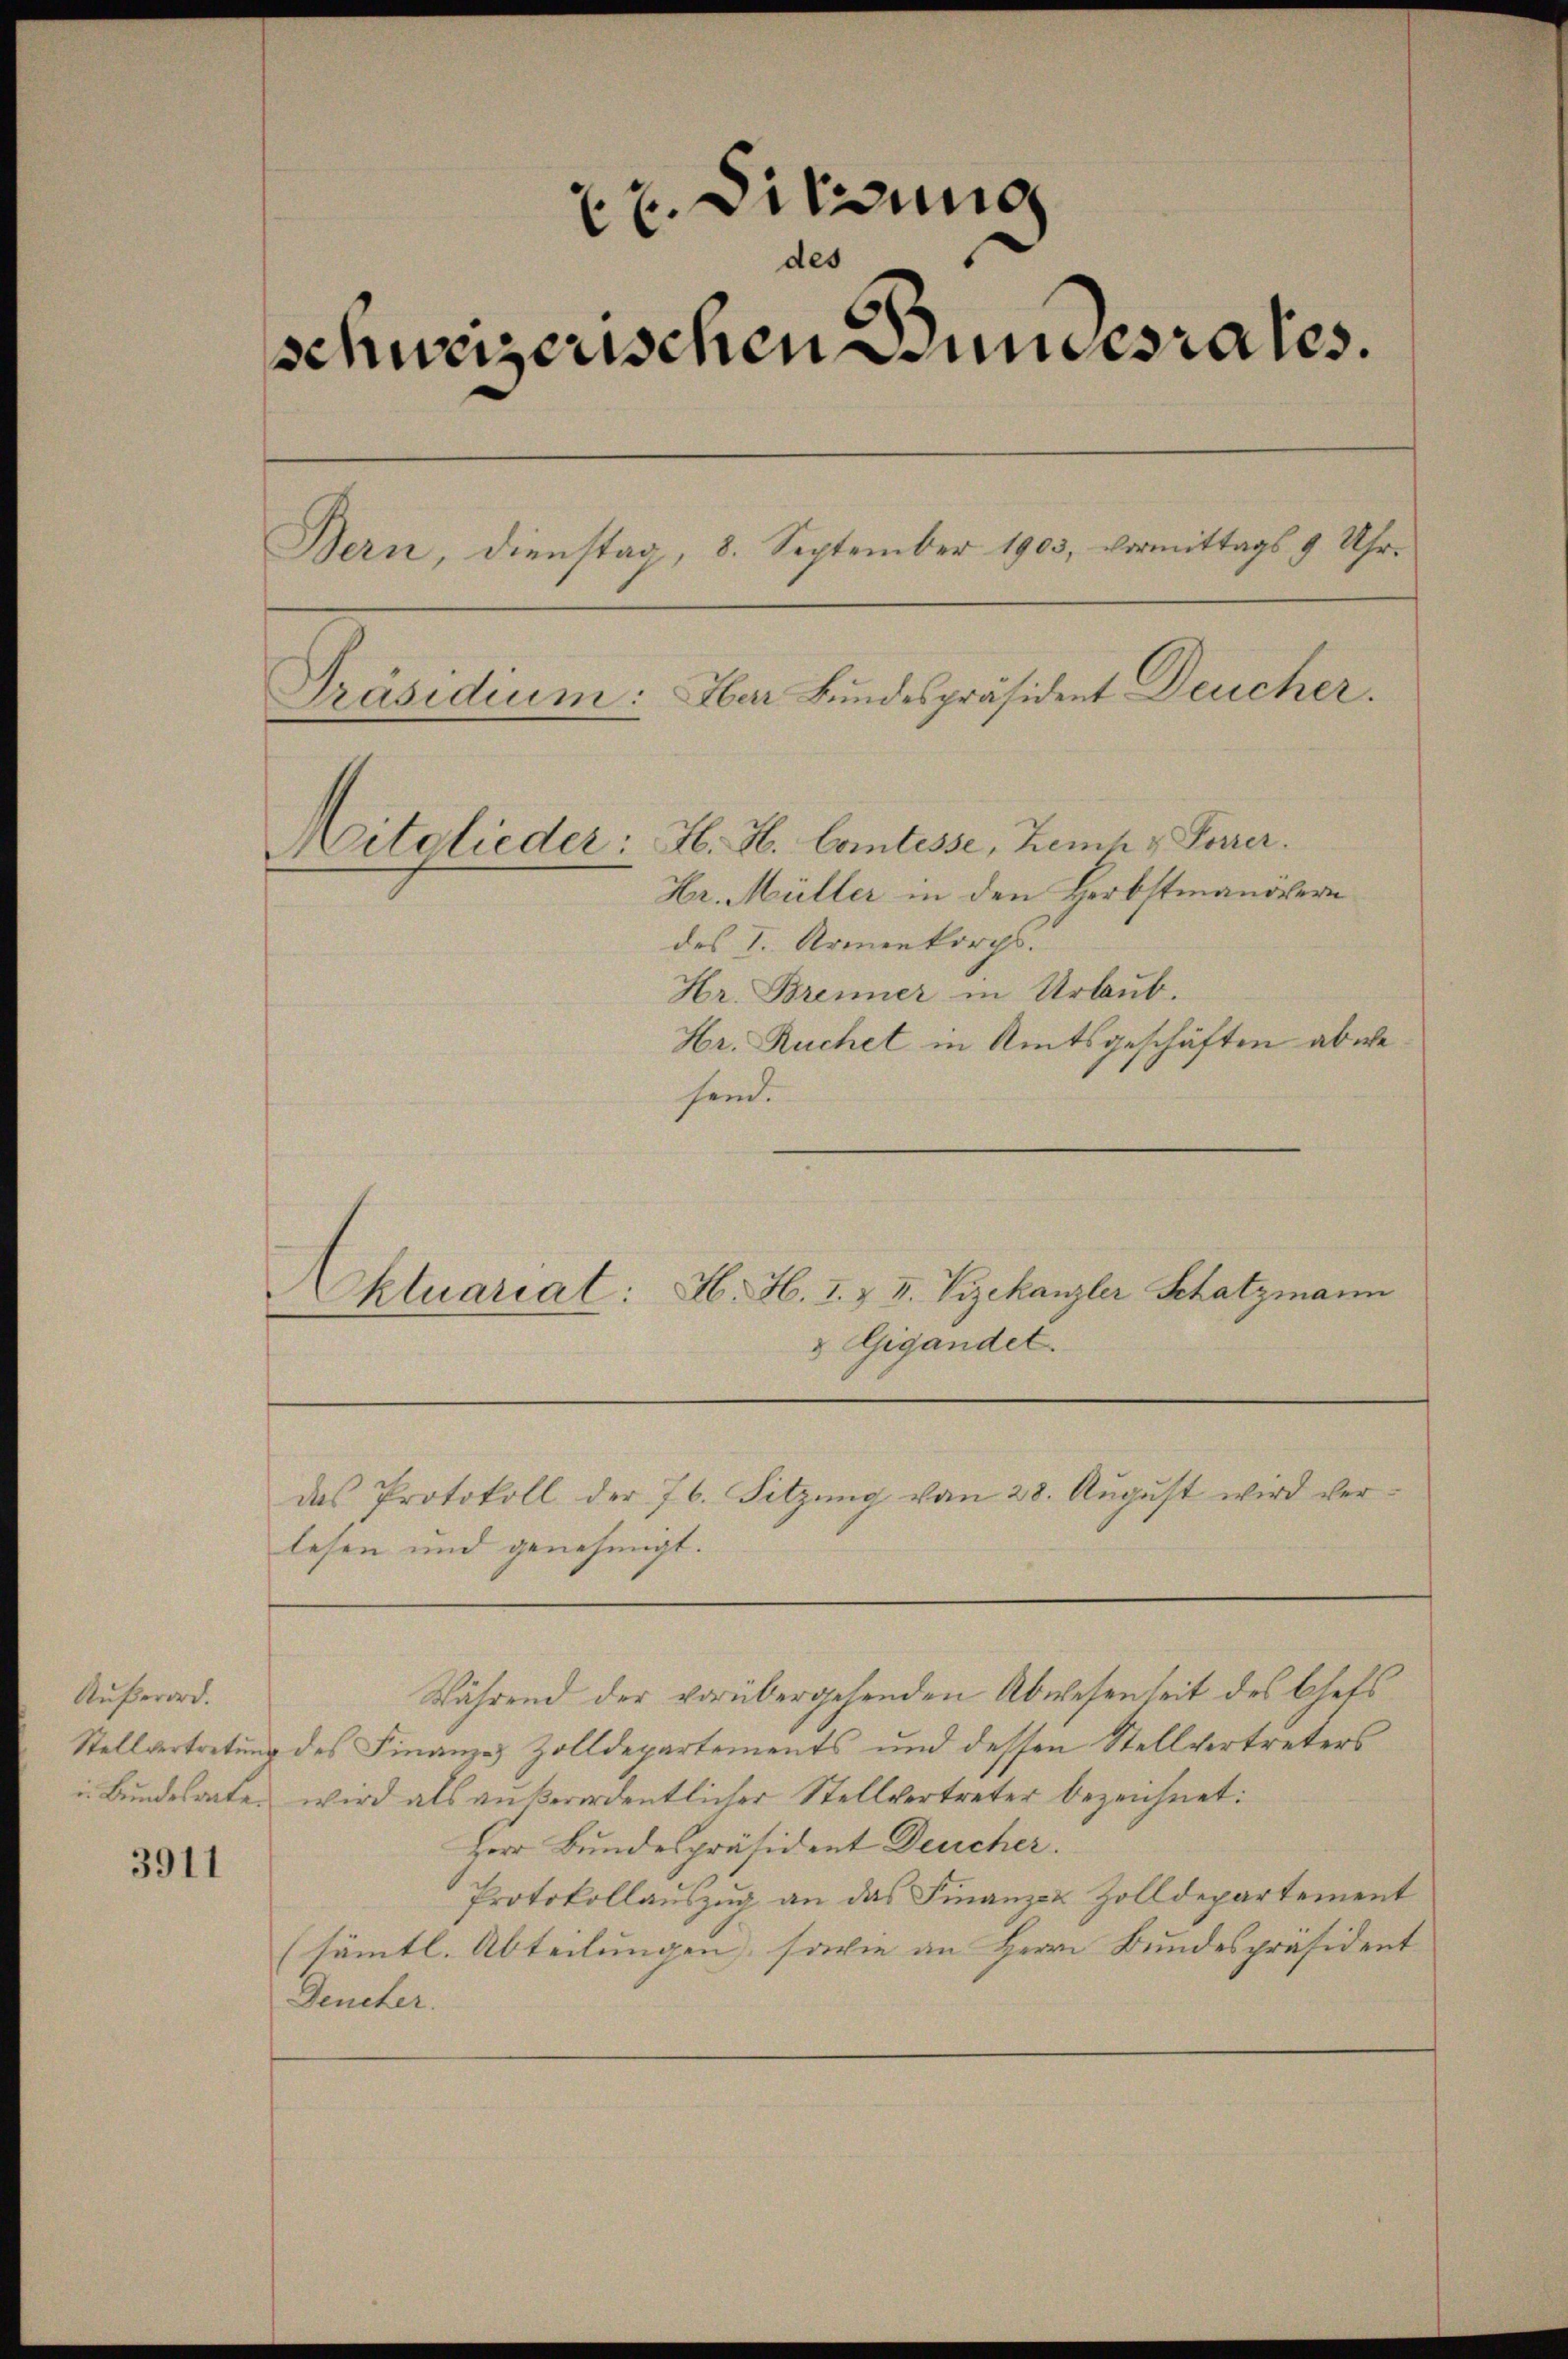
Außerar.

3911

2x. Sitzung
des
schurizerischen Bundesrates.
Bern, dienstag, 8. September 1903, vermittags 9 Uhr.
Uber Bundespräsident Deucher.
Präsidium:
Mitglieder: H. H. Comtesse, Zemh & Porrer.
Hr. Müller in den Herbstmanövern
des I. Armenkorps.
Hr. Brenner in Urlaub.
Hr. Ruchet in Amtsgeschäften abwe¬

send.
Aktuariat: A. H. I. & II. Vizekanzler Schatzmann
& Gigandet.

das Protokoll der 76. Sitzung von 28. August wird verlesen und genehmigt.

Während der vorübergehenden Abwesenheit des Chets
Stellvertretung des Finanze Zolldepartements und dessen Stellvertreters
i. Bundesarte, wird als ankerordentlicher Stellvertreter bezeichnet:
Herr Bundespräsident Deucher.
Protokollauszug an das Finanzen Zolldepartement
(sämtl. Abteilungen, sowie an Herrn Bundespräsident
Deucher.